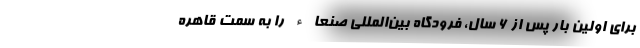
برای اولین بار پس از ۶ سال، فرودگاه بین‌المللی صنعاء را به سمت قاهره